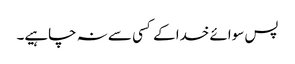
پس سوائے خدا کے کسی سے نہ چاہیے۔